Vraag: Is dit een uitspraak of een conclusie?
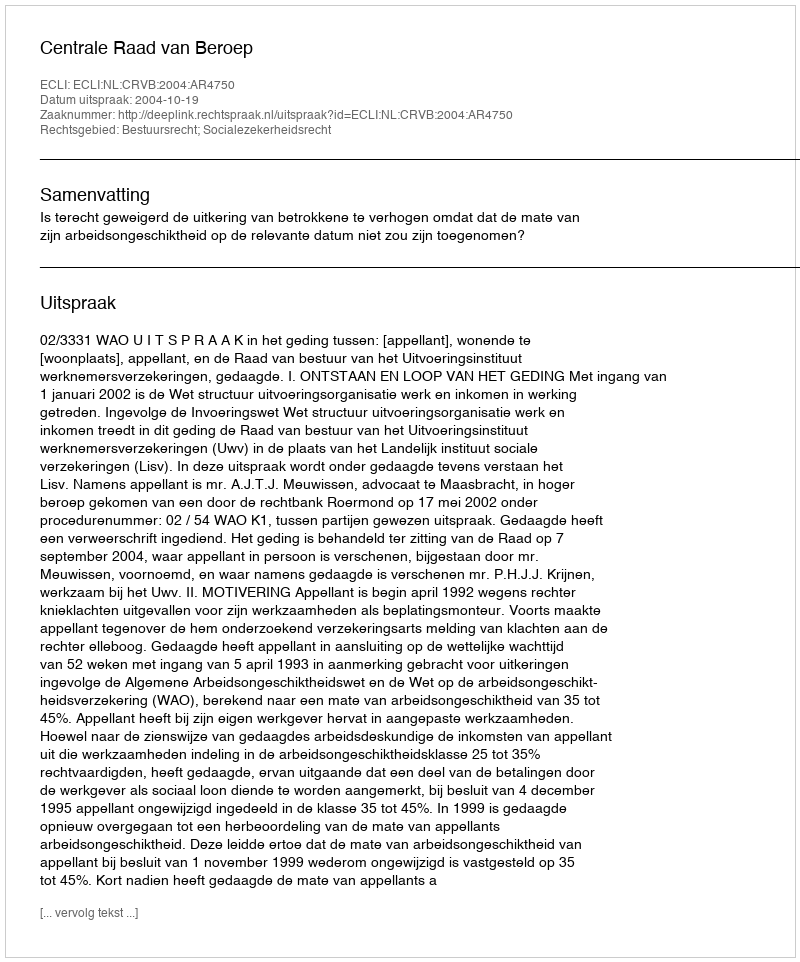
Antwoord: Uitspraak